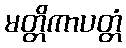
မတ္တိကာပတ္တံ